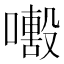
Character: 𡁒